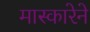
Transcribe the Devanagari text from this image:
मास्कारेने